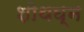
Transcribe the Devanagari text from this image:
शोथघ्न